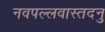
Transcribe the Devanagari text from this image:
नवपल्लवास्तदनु